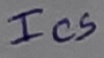
Text: Ics